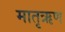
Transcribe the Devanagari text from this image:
मातृऋण